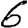
Digit: 6